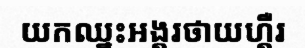
យកឈ្នះអង្គរថាយហ្គឺរ